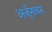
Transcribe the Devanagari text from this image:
अर्जुनायन